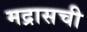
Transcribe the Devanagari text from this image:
मद्रासची